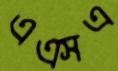
এএসএ